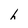
Character: h